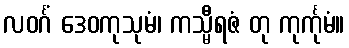
လဝင်္ဂံ ဒေဝကုသုမံ၊ ကသ္မီရဇံ တု ကုင်္ကုမံ။